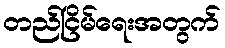
တည်ငြိမ်ရေးအတွက်